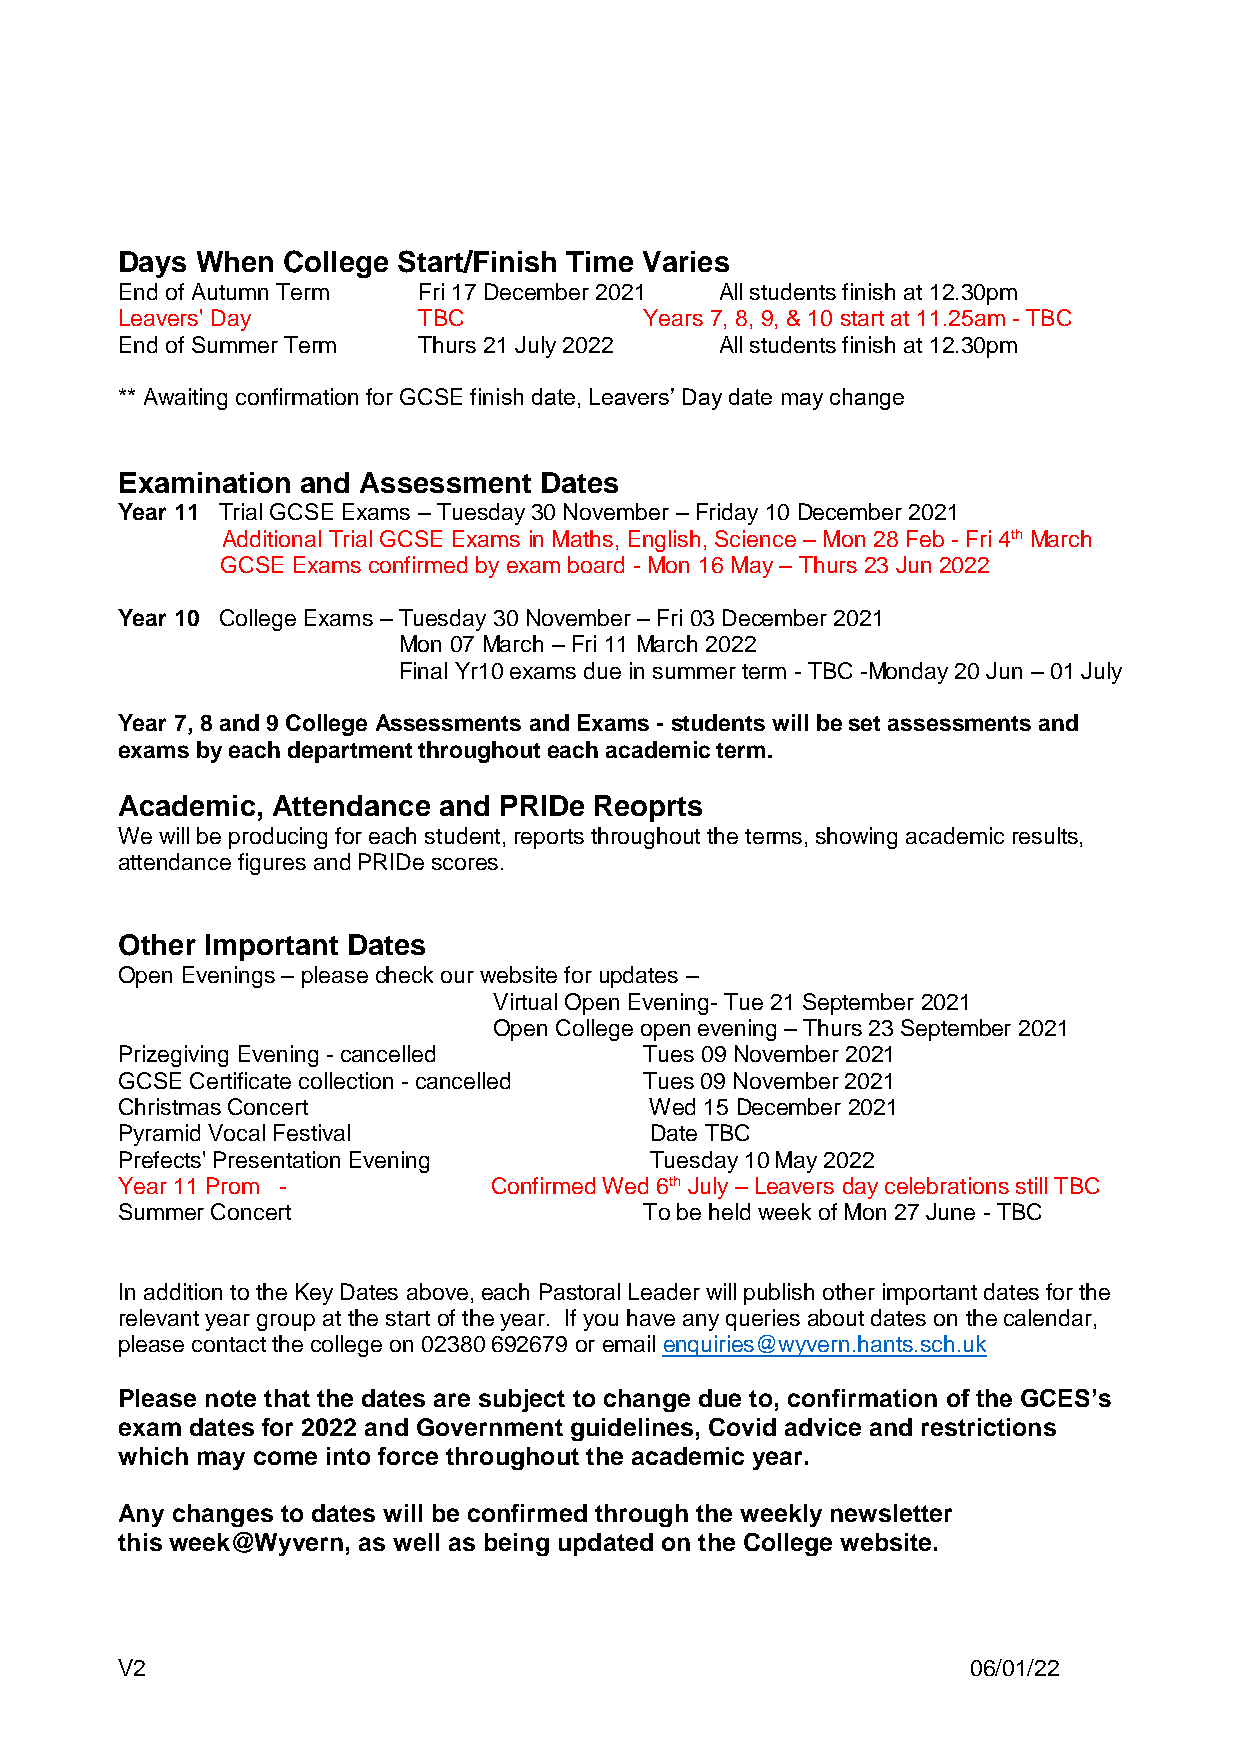
Days When  College Start/Finish Time Varies
 End of Autumn Term  Fri 17 December 2021 All students finish at 12.30pm
 Leavers' Day        TBC            Years 7, 8, 9, & 10 start at 11.25am - TBC
 End of Summer Term  Thurs 21 July 2022  All students finish at 12.30pm
 ** Awaiting confirmation for GCSE finish date, Leavers’ Day date may change
 Examination and Assessment  Dates
 Year 11 Trial GCSE Exams – Tuesday 30 November – Friday 10 December 2021
 Additional Trial GCSE Exams in Maths, English, Science – Mon 28 Feb - Fri 4th March
 GCSE Exams confirmed by exam board - Mon 16 May – Thurs 23 Jun 2022
 Year 10 College Exams – Tuesday 30 November – Fri 03 December 2021
 Mon 07 March – Fri 11 March 2022
 Final Yr10 exams due in summer term - TBC -Monday 20 Jun – 01 July
 Year 7, 8 and 9 College Assessments and Exams - students will be set assessments and
 exams by each department throughout each academic term.
 Academic, Attendance and PRIDe Reoprts
 We will be producing for each student, reports throughout the terms, showing academic results,
 attendance figures and PRIDe scores.
 Other Important Dates
 Open Evenings – please check our website for updates –
 Virtual Open Evening- Tue 21 September 2021
 Open College open evening – Thurs 23 September 2021
 Prizegiving Evening - cancelled    Tues 09 November 2021
 GCSE Certificate collection - cancelled Tues 09 November 2021
 Christmas Concert                  Wed 15 December 2021
 Pyramid Vocal Festival             Date TBC
 Prefects' Presentation Evening     Tuesday 10 May 2022
 Year 11 Prom -          Confirmed Wed 6th July – Leavers day celebrations still TBC
 Summer Concert                     To be held week of Mon 27 June - TBC
 In addition to the Key Dates above, each Pastoral Leader will publish other important dates for the
 relevant year group at the start of the year. If you have any queries about dates on the calendar,
 please contact the college on 02380 692679 or email enquiries@wyvern.hants.sch.uk
 Please note that the dates are subject to change due to, confirmation of the GCES’s
 exam dates for 2022 and Government guidelines, Covid advice and restrictions
 which may come into force throughout the academic year.
 Any changes to dates will be confirmed through the weekly newsletter
 this week@Wyvern, as well as being updated on the College website.
 V2                                                      06/01/22